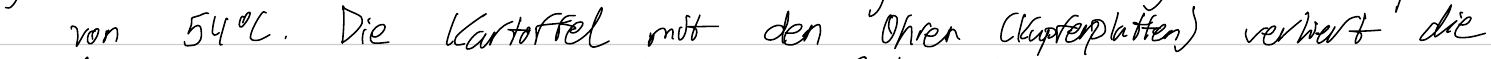
von 54°C. Die Kartoffel mit den Ohren (Kupferplatten) verliert die